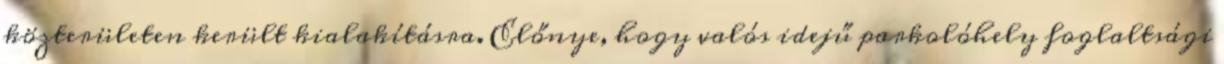
közterületen került kialakításra. Előnye, hogy valós idejű parkolóhely foglaltsági